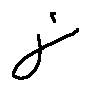
j